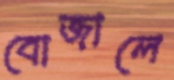
বোজালে